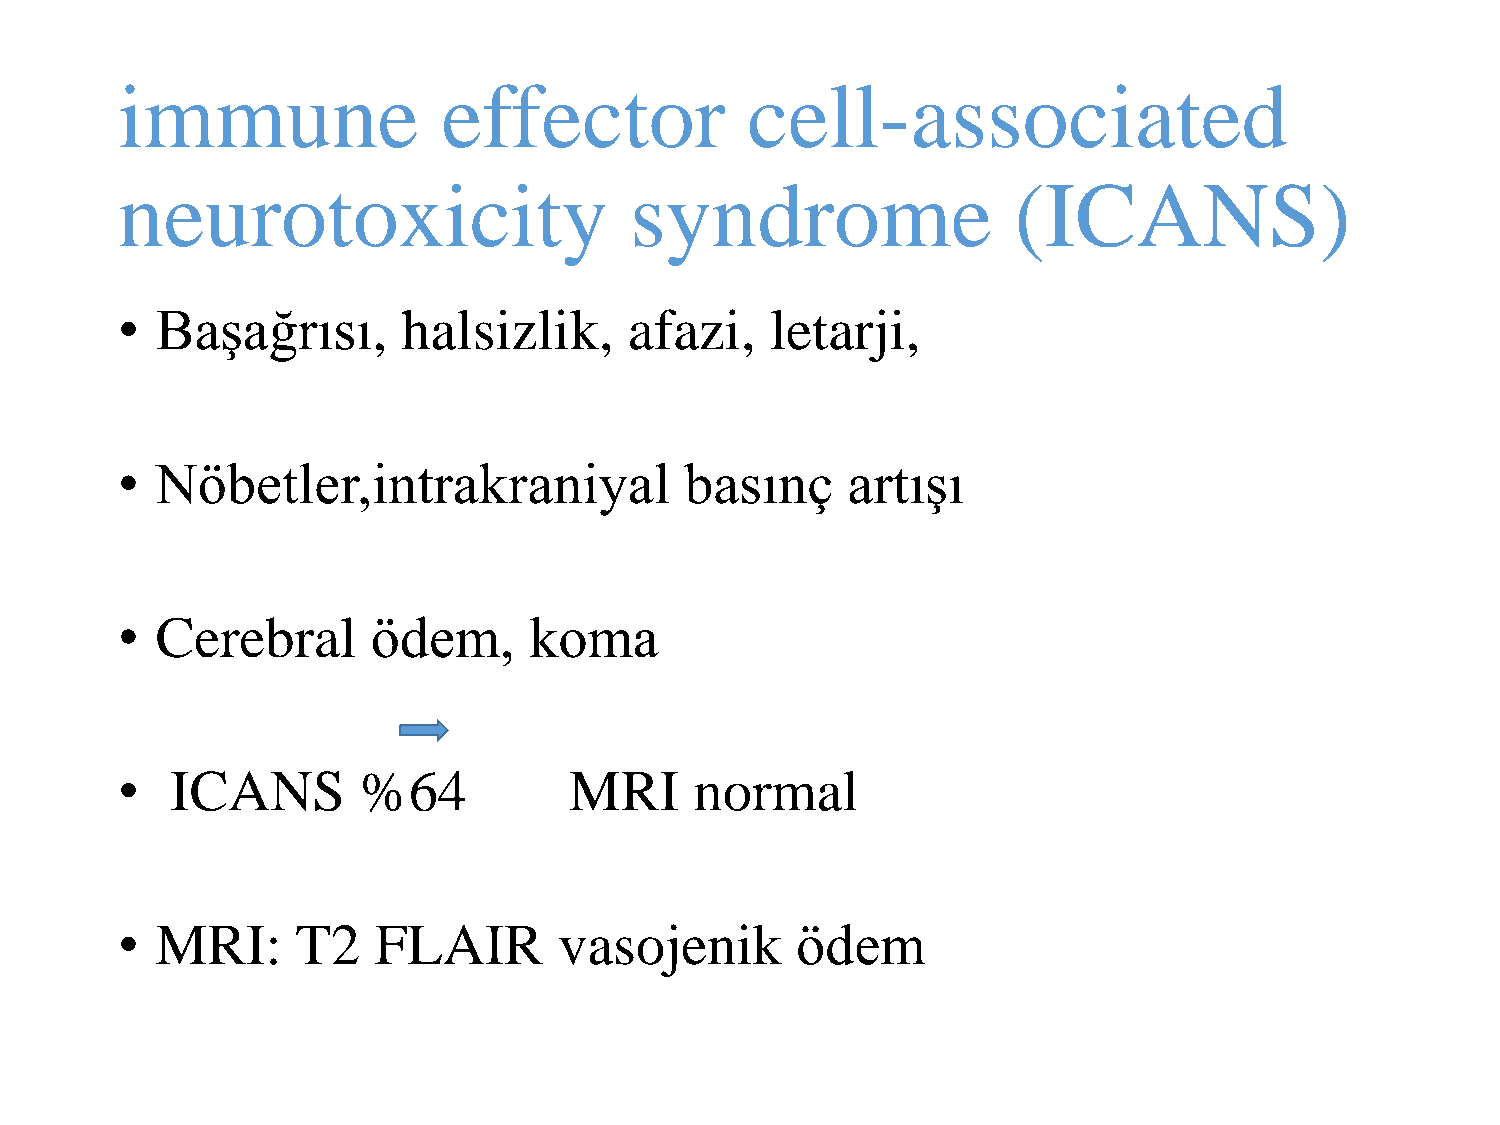
immune               effector            cell-associated
 neurotoxicity                     syndrome                 (ICANS)
 • Başağrısı,       halsizlik,     afazi,   letarji,
 • Nöbetler,intrakraniyal             basınç     artışı
 • Cerebral       ödem,     koma
 •  ICANS        %64           MRI     normal
 • MRI:      T2   FLAIR       vasojenik       ödem